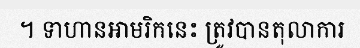
។ ទាហានអាមរិកនេះ ត្រូវបានតុលាការ